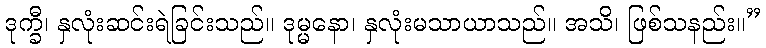
ဒုက္ခီ၊ နှလုံးဆင်းရဲခြင်းသည်။ ဒုမ္မနော၊ နှလုံးမသာယာသည်။ အသိ၊ ဖြစ်သနည်း။”